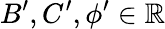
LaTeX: B^{\prime},C^{\prime},\phi^{\prime}\in\mathbb{R}